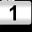
Digit: 1